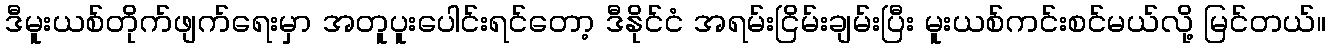
ဒီမူးယစ်တိုက်ဖျက်ရေးမှာ အတူပူးပေါင်းရင်တော့ ဒီနိုင်ငံ အရမ်းငြိမ်းချမ်းပြီး မူးယစ်ကင်းစင်မယ်လို့ မြင်တယ်။